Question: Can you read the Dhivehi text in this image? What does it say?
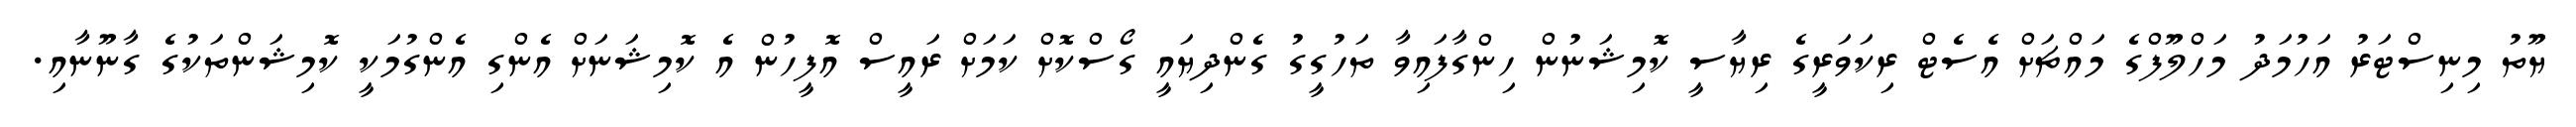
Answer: ޔޫތު މިނިސްޓަރު އަހުމަދު މަހްލޫފްގެ މައްޗަށް އެސެޓް ރިކަވަރީގެ ރިޔާސީ ކޮމިޝަނުން ހިންގާފައިވާ ތަހުގީގު ގެންދިޔައީ ގޯސްކޮށް ކަމަށް ރައީސް އޮފީހުން އެ ކޮމިޝަނަށް އެންގި އެންގުމަކީ ކޮމިޝަންތަކުގެ ގާނޫނާއި.